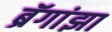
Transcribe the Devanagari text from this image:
ब्रॅगांझा